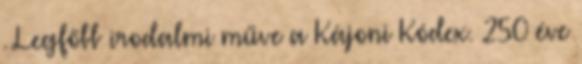
. Legfőbb irodalmi műve a Kájoni Kódex. 250 éve